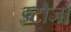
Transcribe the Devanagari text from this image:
इटौजा